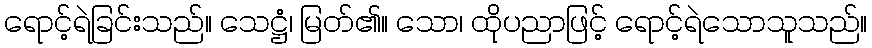
ရောင့်ရဲခြင်းသည်။ သေဋ္ဌံ၊ မြတ်၏။ သော၊ ထိုပညာဖြင့် ရောင့်ရဲသောသူသည်။